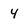
Character: 4